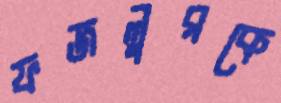
ফজলুরকে